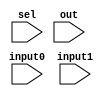
module Mux #(parameter bits = 32) (input[bits-1:0] input0,  // input1
                                    input[bits-1:0] input1,  // input2
                                    input sel,           // selector
                                    input[bits-1:0] out);     // output    

    assign out = sel ? input1 : input0;

endmodule